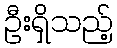
ဦးရှိသည့်